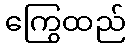
ကြွေထည်